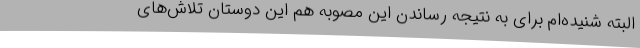
البته شنیده‌ام برای به نتیجه رساندن این مصوبه هم این دوستان تلاش‌های